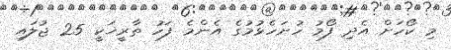
މި ކޯހަށް އެދި ފޯމު ހުށަހެޅުމުގެ އެންމެ ފަހު ތާރީޚަކީ 25 ޖުލައި